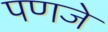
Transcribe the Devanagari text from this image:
पणजे